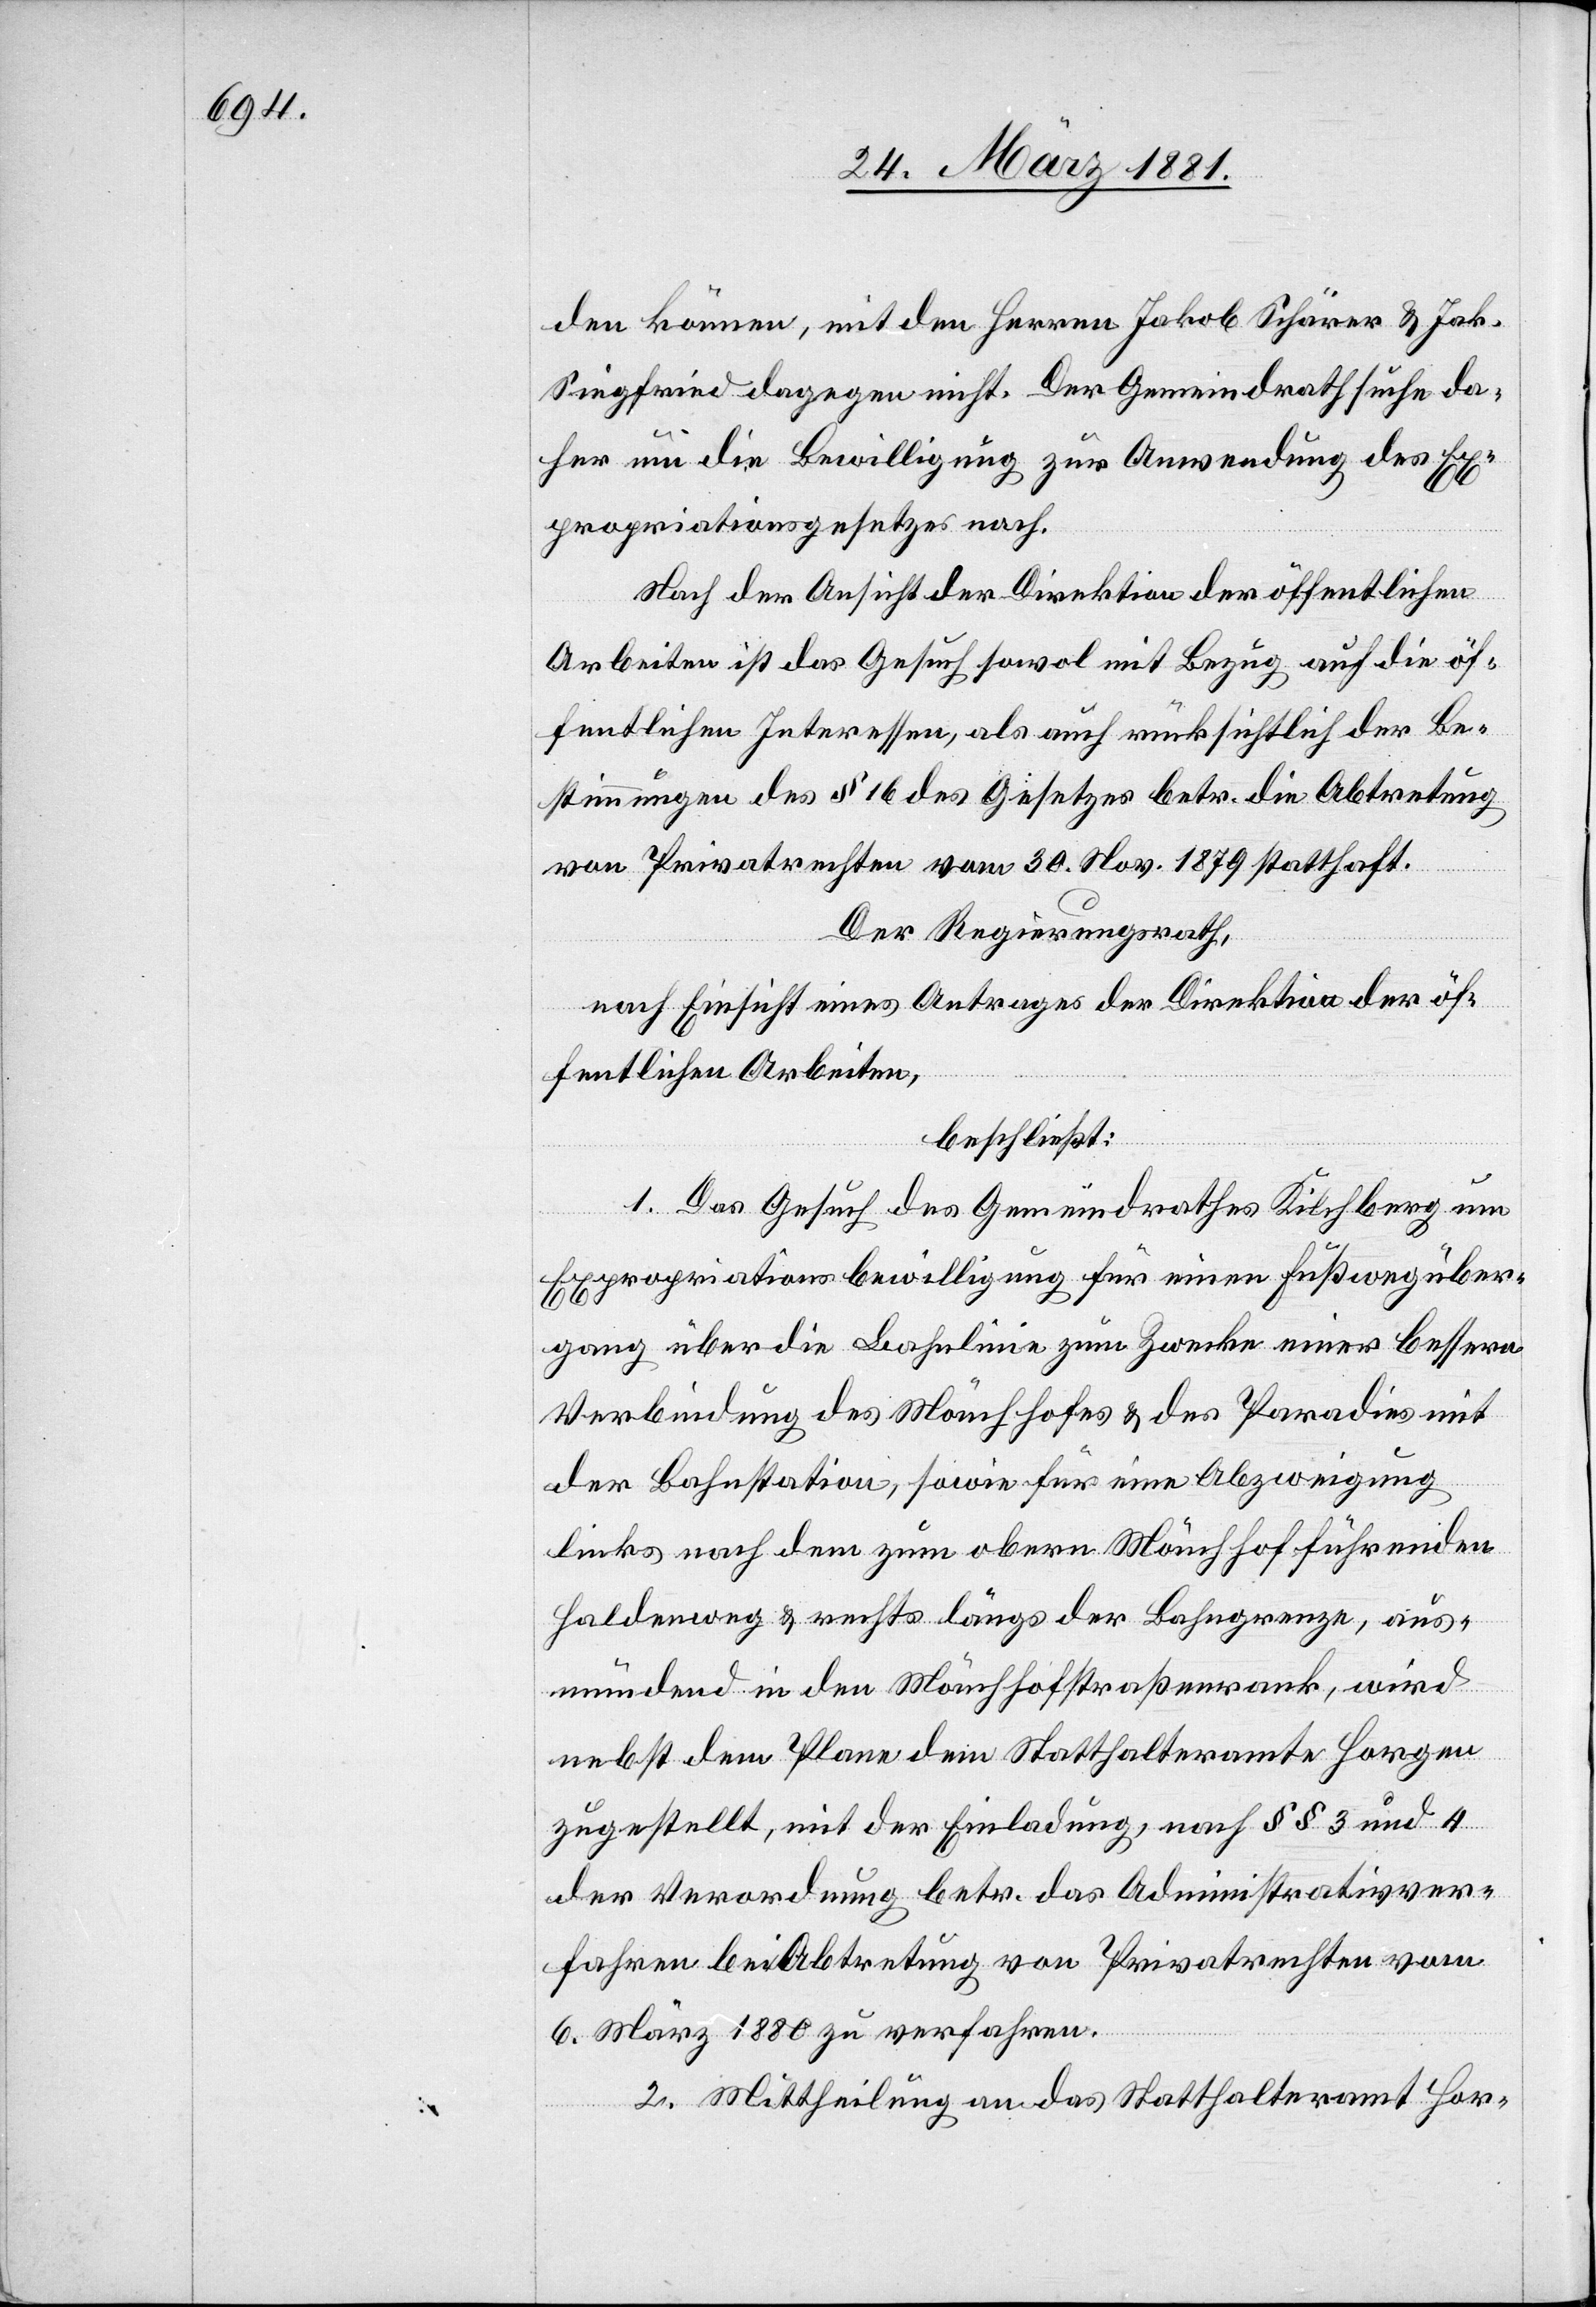
den können, mit den Herren Jakob Schärer & Jak.
Siegfried dagegen nicht. Der Gemeindrath suche da¬
her um die Bewilligung zur Anwendung des Ex¬
propriationsgesetzes nach.
Nach der Ansicht der Direktion der öffentlichen
Arbeiten ist das Gesuch sowol mit Bezug auf die öf¬
fentlichen Interessen, als auch rücksichtlich der Be¬
stimmungen des § 16 des Gesetzes betr. die Abtretung
von Privatrechten vom 30. Nov. 1879 statthaft.
Der Regierungsrath,
nach Einsicht eines Antrages der Direktion der öf¬
fentlichen Arbeiten,
beschließt:
1. Das Gesuch des Gemeindrathes Kilchberg um
Expropriationsbewilligung für eine Fußwegüber¬
gang über die Bahnlinie zum Zwecke einer bessern
Verbindung des Mönchhofes & des Paradies mit
der Bahnstation, sowie für eine Abzweigung
links nach dem zum obern Mönchhof führenden
Haldenweg & rechts längs der Bahngrenze, aus¬
mündend in den Mönchhofstraßenrank, wird
nebst dem Plane dem Statthalteramte Horgen
zugestellt, mit der Einladung, nach §§ 3 und 4
der Verordnung betr. das Administrativver¬
fahren bei Abtretung von Privatrechten vom
6. März 1880 zu verfahren.
2. Mittheilung an das Statthalteramt Hor-